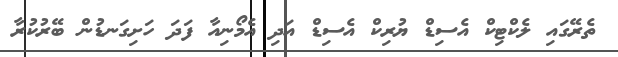
ތެރޭގައި ލެކްޓިކް އެސިޑް ޔުރިކް އެސިޑް އަދި އެމޯނިއާ ފަދަ ހަށިގަނޑުން ބޭރުކުރާ